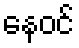
နေဝင်